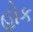
હોક